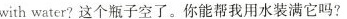
with water?这个瓶子空了.你能帮我用水装满它吗?